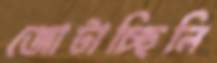
জোটাচ্ছিলি